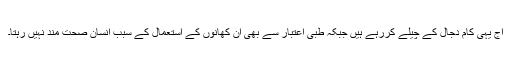
آج یہی کام دجال کے چیلے کررہے ہیں جبکہ طبی اعتبار سے بھی ان کھانوں کے استعمال کے سبب انسان صحت مند نہیں رہتا۔